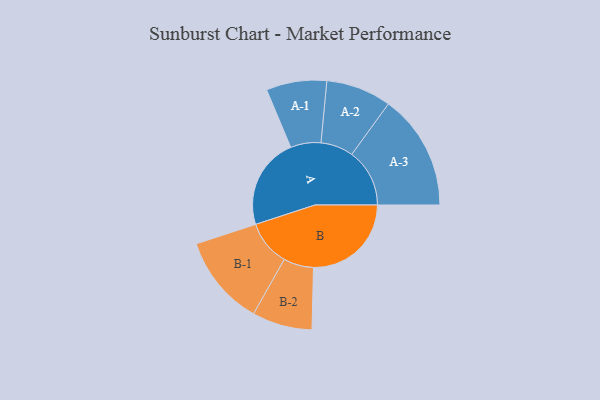
{"axis": {"x": "Segment", "y": "Value"}, "legend": ["", "A", "B"], "data": [{"x": "A", "y": 450, "type": ""}, {"x": "B", "y": 482, "type": ""}, {"x": "A-1", "y": 149, "type": "A"}, {"x": "A-2", "y": 161, "type": "A"}, {"x": "A-3", "y": 285, "type": "A"}, {"x": "B-1", "y": 224, "type": "B"}, {"x": "B-2", "y": 148, "type": "B"}]}